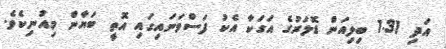
އަދި 1.31 ބިލިއަން ޑޮލަރުގެ އަގަކާ އެކު ފަސްވަނައިގައި އޮތީ ބަޔާން މިއުނިކެވެ.